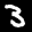
Label: 3